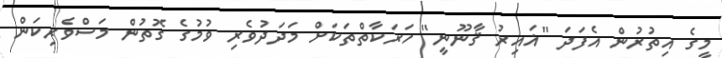
މީގެ އިތުރުން އެފަދަ "ޣައިރު ޤާނޫނީ" ހަރަކާތްތަކަށް މަދަދުވެރި ވުމުގެ ގޮތުން މަސްވެރިކަން